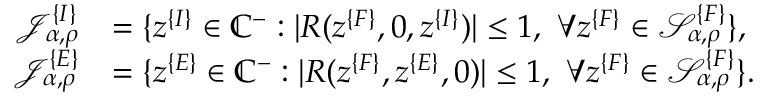
\begin{array} { r l } { \mathcal { J } _ { \alpha , \rho } ^ { \{ I \} } } & { = \{ z ^ { \{ I \} } \in \mathbb { C } ^ { - } : | R ( z ^ { \{ F \} } , 0 , z ^ { \{ I \} } ) | \le 1 , \ \forall z ^ { \{ F \} } \in \mathcal { S } _ { \alpha , \rho } ^ { \{ F \} } \} , } \\ { \mathcal { J } _ { \alpha , \rho } ^ { \{ E \} } } & { = \{ z ^ { \{ E \} } \in \mathbb { C } ^ { - } : | R ( z ^ { \{ F \} } , z ^ { \{ E \} } , 0 ) | \le 1 , \ \forall z ^ { \{ F \} } \in \mathcal { S } _ { \alpha , \rho } ^ { \{ F \} } \} . } \end{array}